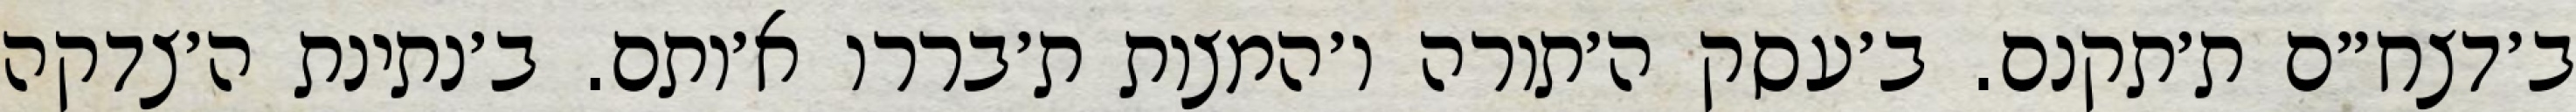
ב׳דצח״ם ת׳תקנם. ב׳עסק ה׳תורה ו׳המצות ת׳בררו א׳ותם. ב׳נתינת ה׳צדקה